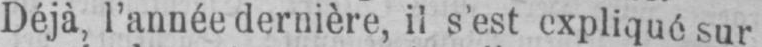
Déjà, l’année dernière, il s’est expliqué sur